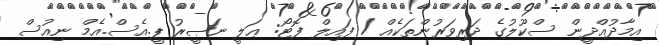
އިމާދުއްދީން ސްކޫލުގެ ދަރިވަރުންތަކެއް / ފައިލް ފޮޓޯ: ޢަލީ ނަޞީރު ޕީ.އެސް.އެމް ނިއުސް